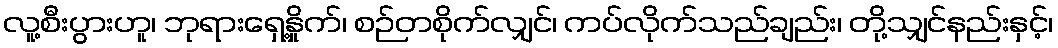
လူ့စီးပွားဟူ၊ ဘုရားရှေ့နှိုက်၊ စဉ်တစိုက်လျှင်၊ ကပ်လိုက်သည်ချည်း၊ တို့သျှင်နည်းနှင့်၊